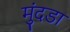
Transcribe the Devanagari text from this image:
मुंदडा